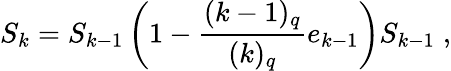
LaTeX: S_{k}=S_{k-1}\left(1-\frac{(k-1)_{q}}{(k)_{q}}e_{k-1}\right)S_{k-1}\; ,